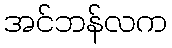
အင်ဘန်လက